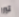
تبرر